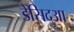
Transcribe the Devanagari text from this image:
डेसिदुआ